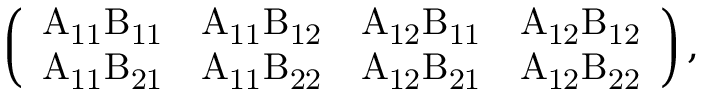
\left( \begin{array} { l l l l } { \mathrm { A _ { 1 1 } B _ { 1 1 } } } & { \mathrm { A _ { 1 1 } B _ { 1 2 } } } & { \mathrm { A _ { 1 2 } B _ { 1 1 } } } & { \mathrm { A _ { 1 2 } B _ { 1 2 } } } \\ { \mathrm { A _ { 1 1 } B _ { 2 1 } } } & { \mathrm { A _ { 1 1 } B _ { 2 2 } } } & { \mathrm { A _ { 1 2 } B _ { 2 1 } } } & { \mathrm { A _ { 1 2 } B _ { 2 2 } } } \end{array} \right) ,